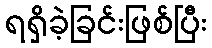
ရရှိခဲ့ခြင်းဖြစ်ပြီး